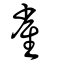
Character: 雀